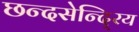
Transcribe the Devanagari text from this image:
छन्दसेन्दि्रय